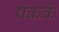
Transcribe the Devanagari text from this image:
पंकके